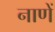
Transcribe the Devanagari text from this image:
नाणें